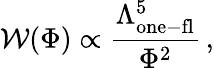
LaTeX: {\cal W}(\Phi)\propto\frac{\Lambda_{\mathrm{one-fl}}^{5}}{\Phi^{2}}\, ,